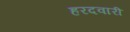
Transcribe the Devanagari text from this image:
हरदवारी